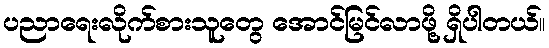
ပညာရေးလိုက်စားသူတွေ အောင်မြင်လာဖို့ ရှိပါတယ်။